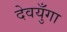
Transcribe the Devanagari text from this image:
देवयुँगा